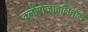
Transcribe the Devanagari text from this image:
क्लोरोजाइलिनॉल